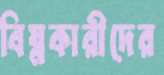
বিঘ্নকারীদের